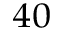
^ { 4 0 }